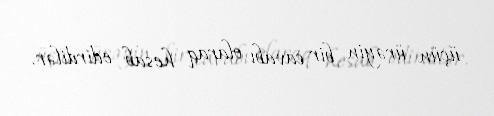
üçün ürəyin bir cavabı olaraq hesab edirdilər.